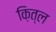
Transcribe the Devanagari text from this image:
क़ित्ल